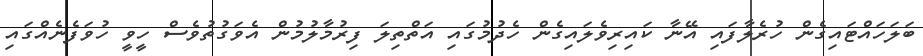
ބަލަހައްޓައިގެން ހުރެލާފައި އޭނާ ކައިރިވެލައިގެން ހެދުމުގައި އަތްތިލަ ފިރުމާލުމުން އެވަގުތުވެސް ހީވީ ހުވަފެނެއްގައި